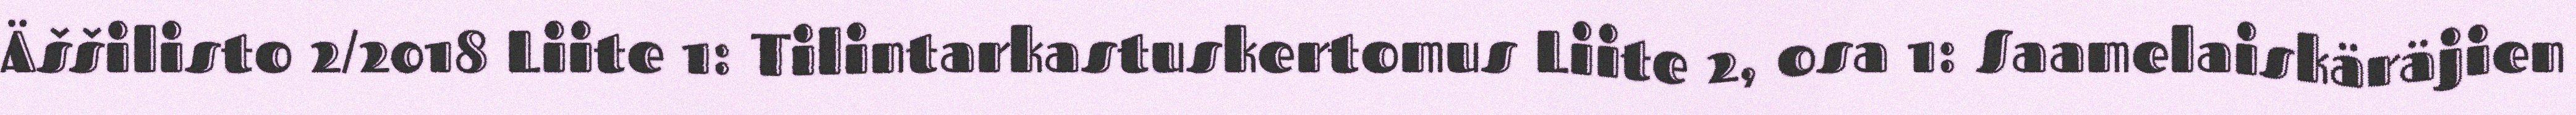
Äššilisto 2/2018 Liite 1: Tilintarkastuskertomus Liite 2, osa 1: Saamelaiskäräjien